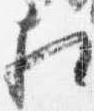
相